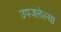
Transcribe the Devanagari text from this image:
उपजलेल्या